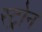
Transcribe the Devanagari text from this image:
स्ट्रोन